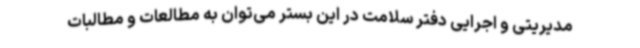
مدیریتی و اجرایی دفتر سلامت در این بستر می‌توان به مطالعات و مطالبات